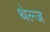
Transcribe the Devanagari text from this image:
थेल्ज